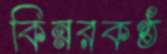
কিন্নরকণ্ঠ